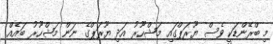
މި ބްރޭންޑަކީ ވެސް ޔޫރަޕްގައި މަޝްހޫރު އަދި ޔޫރަޕްގެ ނަން މަޝްހޫރު ބައެއް